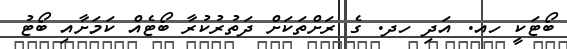
ބޯޓަކީ ހއ. އަދި ހދ. ގެ ރަށްތަކަށް ދަތުރުކުރާ ބޯޓެއް ކަމަށާއި ބޯޓު